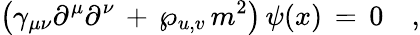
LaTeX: \left(\gamma_{\mu\nu}\partial^{\mu}\partial^{\nu}\, +\, \wp_{u,v}\, m^{2}\right)\, \psi(x)\, =\, 0\quad,